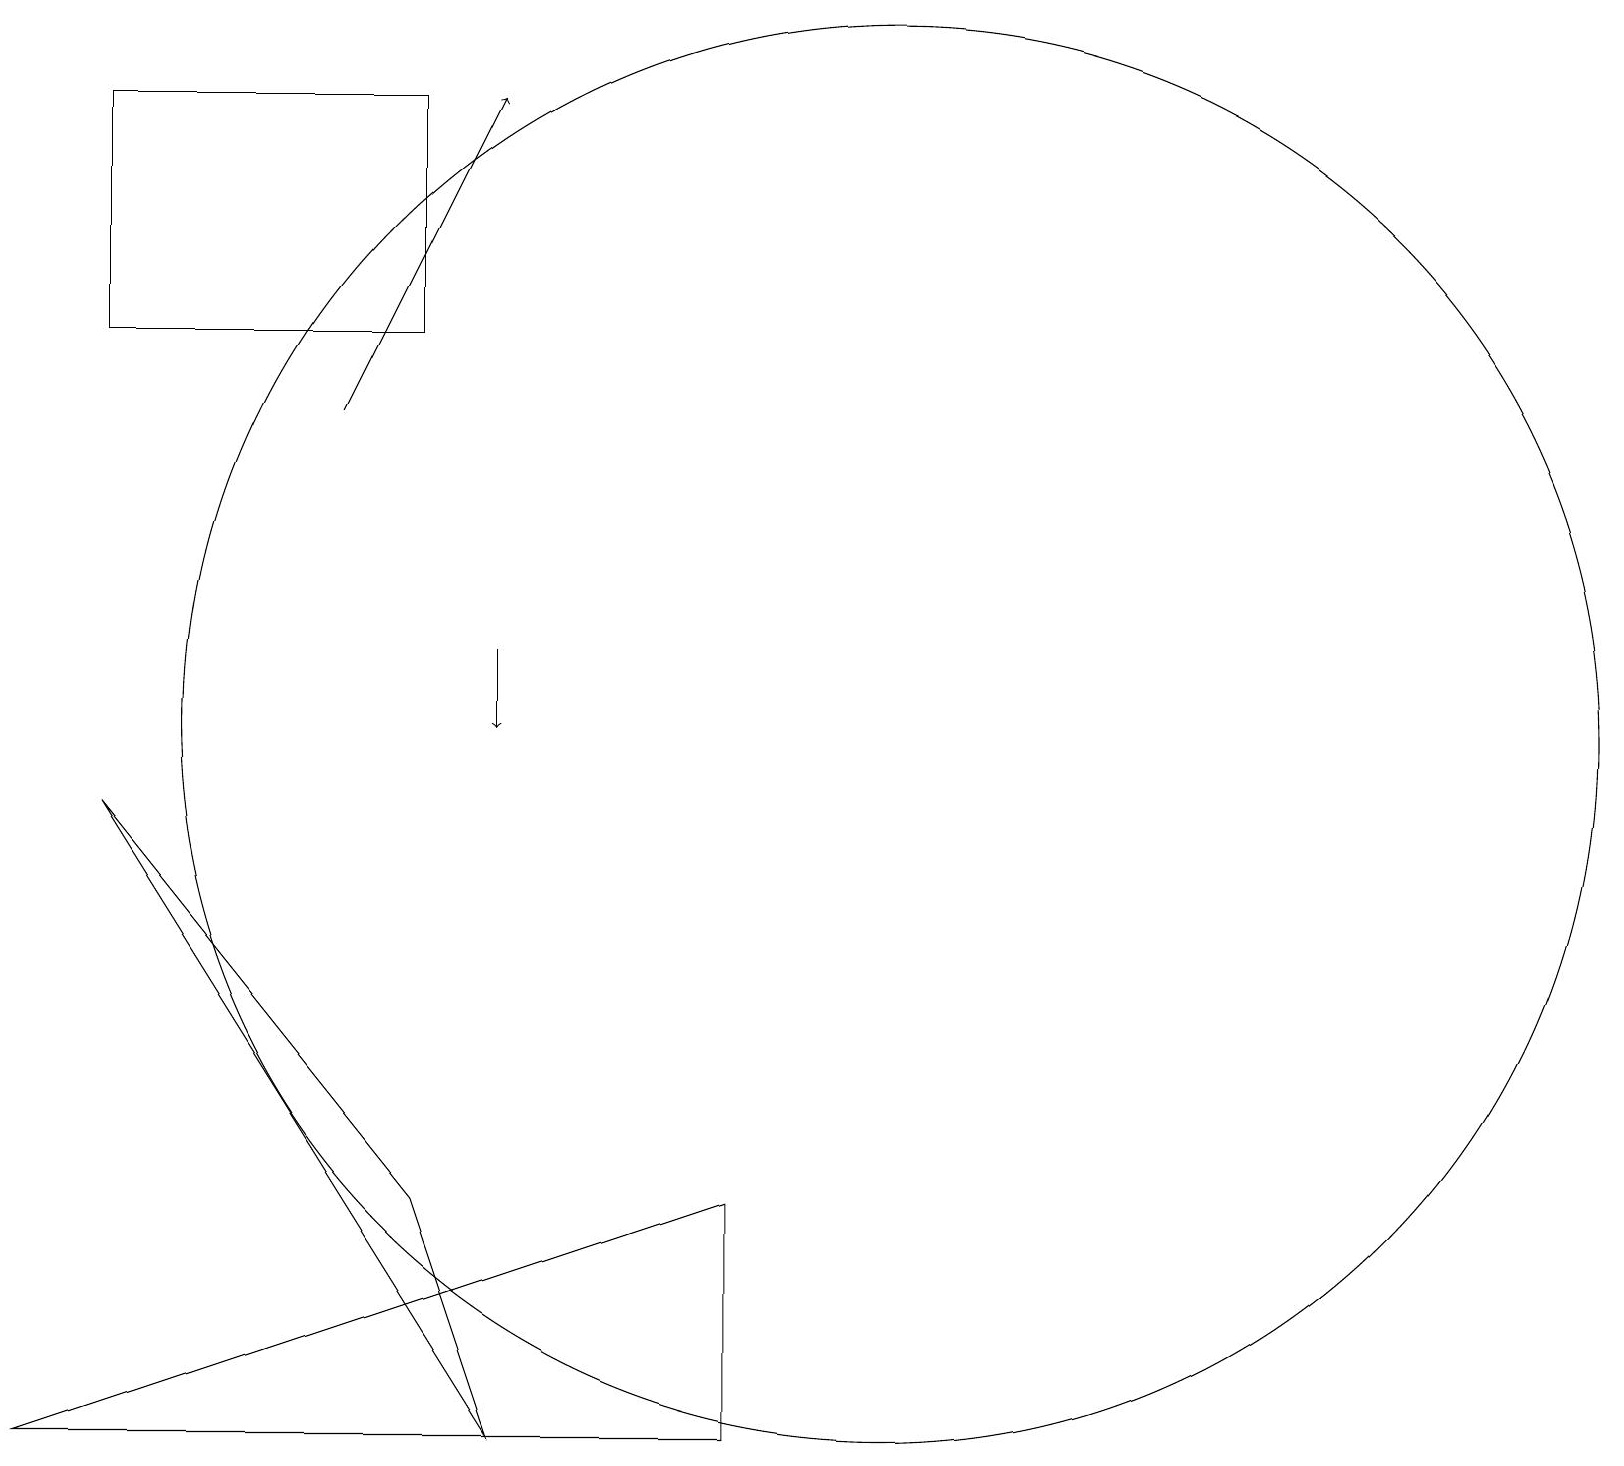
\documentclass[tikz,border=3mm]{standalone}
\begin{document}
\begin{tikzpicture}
\draw[->] (6,11) -- (6,10);
\draw[->] (4,14) -- (6,18);
\draw (5,4) -- (6,1) -- (1,9) -- cycle;
\draw (5,15) rectangle (1,18);
\draw (11,10) circle (9);
\draw (0,1) -- (9,4) -- (9,1) -- cycle;
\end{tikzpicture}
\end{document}